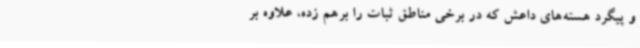
و پیگرد هسته‌های داعش که در برخی مناطق ثبات را برهم زده، علاوه بر